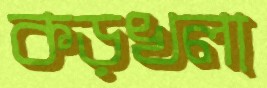
কড়খলা